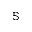
\mathbb { S }